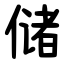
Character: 储